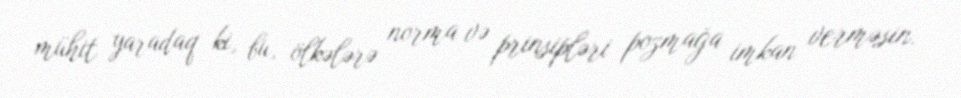
mühit yaradaq ki, bu, ölkələrə norma və prinsipləri pozmağa imkan verməsin.